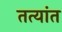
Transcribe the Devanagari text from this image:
तत्यांत